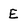
Character: E